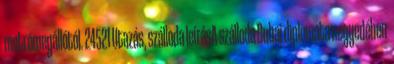
metrómegállótól. 24521 Utazás, szálloda leírásA szálloda Dubai diplomata negyedében